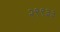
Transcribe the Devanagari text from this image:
२९९३३